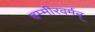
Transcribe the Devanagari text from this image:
हम्मीरवर्मन्